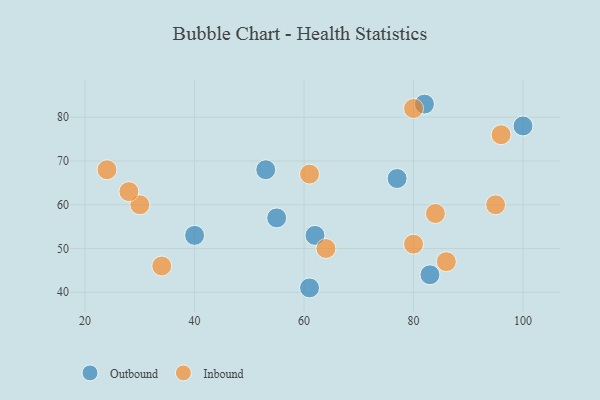
{"axis": {"x": "GDP", "y": "Life Expectancy"}, "legend": ["Inbound", "Outbound"], "data": [{"x": "62", "y": 53, "type": "Outbound"}, {"x": "53", "y": 68, "type": "Outbound"}, {"x": "82", "y": 83, "type": "Outbound"}, {"x": "100", "y": 78, "type": "Outbound"}, {"x": "77", "y": 66, "type": "Outbound"}, {"x": "55", "y": 57, "type": "Outbound"}, {"x": "61", "y": 41, "type": "Outbound"}, {"x": "83", "y": 44, "type": "Outbound"}, {"x": "40", "y": 53, "type": "Outbound"}, {"x": "95", "y": 60, "type": "Inbound"}, {"x": "61", "y": 67, "type": "Inbound"}, {"x": "86", "y": 47, "type": "Inbound"}, {"x": "80", "y": 82, "type": "Inbound"}, {"x": "34", "y": 46, "type": "Inbound"}, {"x": "64", "y": 50, "type": "Inbound"}, {"x": "96", "y": 76, "type": "Inbound"}, {"x": "30", "y": 60, "type": "Inbound"}, {"x": "80", "y": 51, "type": "Inbound"}, {"x": "84", "y": 58, "type": "Inbound"}, {"x": "24", "y": 68, "type": "Inbound"}, {"x": "28", "y": 63, "type": "Inbound"}]}